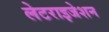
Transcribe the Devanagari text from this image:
लेटराइजेशन